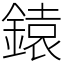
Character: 鎱